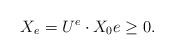
LaTeX: \begin{align*}X_e = U^{e}\cdot X_0 e \ge 0.\end{align*}